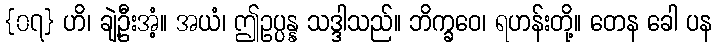
{၀၇} ဟိ၊ ချဲ့ဦးအံ့။ အယံ၊ ဤဥပ္ပန္န သဒ္ဒါသည်။ ဘိက္ခဝေ၊ ရဟန်းတို့။ တေန ခေါ ပန